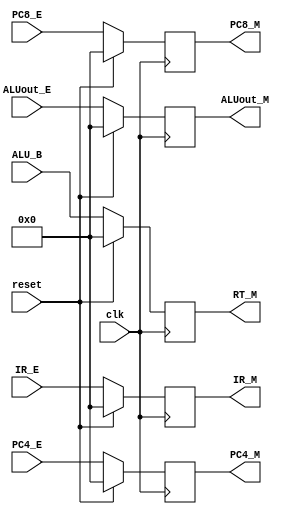
`timescale 1ns / 1ps
//////////////////////////////////////////////////////////////////////////////////
// Company: 
// Engineer: 
// 
// Design Name: 
// Module Name:    EX_MEM 
// Project Name: 
// Target Devices: 
// Tool versions: 
// Description: 
//
// Dependencies: 
//
// Revision: 
// Revision 0.01 - File Created
// Additional Comments: 
//
//////////////////////////////////////////////////////////////////////////////////
module EX_MEM(
	 input clk,
	 input reset,
	 input [31:0] IR_E,
	 input [31:0] PC4_E,
	 input [31:0] ALUout_E,
	 input [31:0] ALU_B,
	 input [31:0] PC8_E,
	 output reg [31:0] IR_M,
	 output reg [31:0] PC4_M,
	 output reg [31:0] PC8_M,
	 output reg [31:0] ALUout_M,
	 output reg [31:0] RT_M
    );
	 initial
	 begin
		IR_M = 0;
		PC4_M = 0;
		PC8_M = 0;
		ALUout_M = 0;
		RT_M = 0;
	 end
	 always @(posedge clk)
	 begin
		if(reset==1)
		begin
			IR_M <= 0;
			PC4_M <= 0;
			PC8_M <= 0;
			ALUout_M <= 0;
			RT_M <= 0;
		end
		else
		begin
			IR_M <= IR_E;
			PC4_M <= PC4_E;
			PC8_M <= PC8_E;
			ALUout_M <= ALUout_E;
			RT_M <= ALU_B;
		end
    end
endmodule